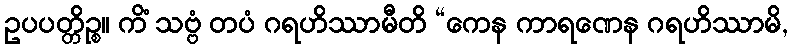
ဥပပတ္တိဉ္စ။ ကိံ သဗ္ဗံ တပံ ဂရဟိဿာမီတိ “ကေန ကာရဏေန ဂရဟိဿာမိ,